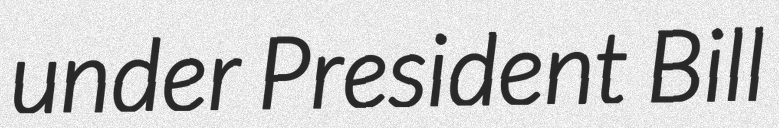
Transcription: under President Bill